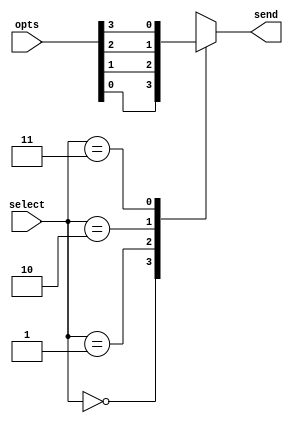
module Mux4(

	output						send,
	input 		     [3:0]	opts,
	input					[1:0] select
);

assign send=out;
reg out;
 
always @ *
case (select[1:0])
2'b00: 
out = opts[0];
2'b01 :
out = opts[1];
2'b10: 
out = opts[2];
2'b11 :
out =	opts[3];
endcase
endmodule